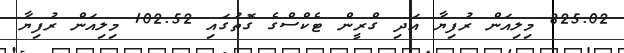
825.02 މިލިއަން ރުފިޔާ އަދި ގްރީން ޓެކްސްގެ ގޮތުގައި 102.52 މިލިއަން ރުފިޔާ